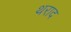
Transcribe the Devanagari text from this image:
थराद